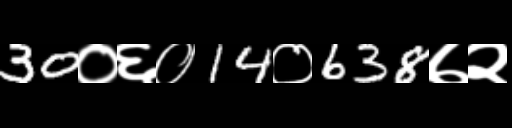
Text: 30०६०14०638७२